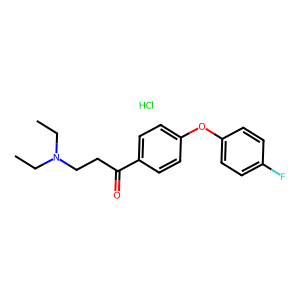
SMILES: CCN(CC)CCC(=O)c1ccc(Oc2ccc(F)cc2)cc1.Cl
Inhibits HIV replication: No